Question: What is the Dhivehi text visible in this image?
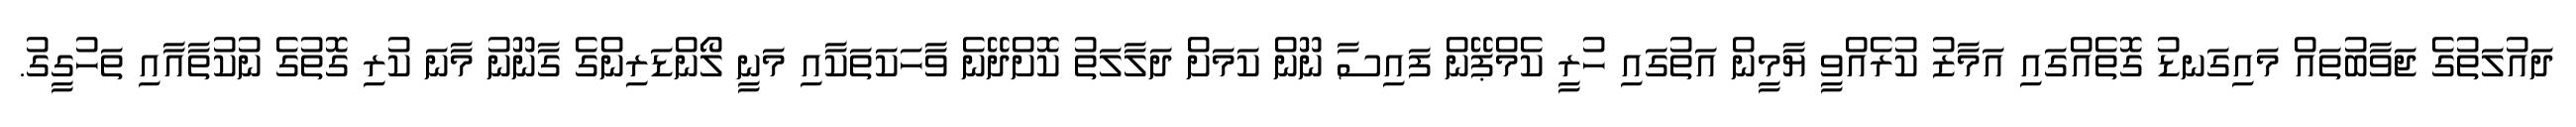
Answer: ދައުލަތުގެ ޖަވާބުތައް މައިގަނޑު ގޮތެއްގައި އަމާޒު ކުރެއްވީ ޔާމީން އަތުގައި ހުރީ ކެމްޕޭން ފައިސާ ނޫން ކަމަށް ދަލާލަތު ކޮށްދޭނެ ވާހަކަތަކާއި މަނީ ލޯންޑަރިންގެ ގާނޫނު މާނަ ކުރި ގޮތުގެ ނުކުތާއާއި ތަހުގީގު.